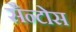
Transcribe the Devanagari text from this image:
सैन्टोस